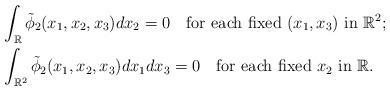
LaTeX: \begin{align*}&\int_{\mathbb R} \tilde\phi_2(x_1,x_2,x_3) dx_2=0\quad{\rm for\ each\ fixed\ } (x_1,x_3)\ {\rm in\ } \mathbb R^2;\\&\int_{\mathbb R^2} \tilde\phi_2(x_1,x_2,x_3) dx_1dx_3=0 \quad{\rm for\ each\ fixed\ } x_2\ {\rm in\ } \mathbb R.\end{align*}